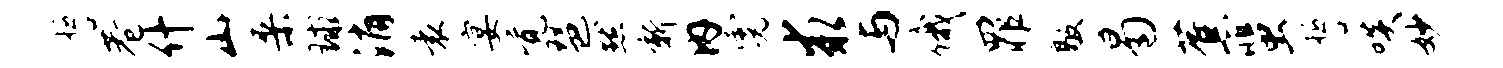
誓巷什山桑球消袁宴觉琶默新内霓求与俄罪敲曷蕉蜚誓啖妙